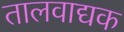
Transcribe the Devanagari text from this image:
तालवाद्यक